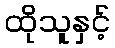
ထိုသူနှင့်